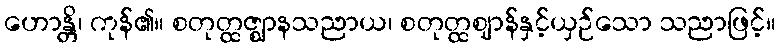
ဟောန္တိ၊ ကုန်၏။ စတုတ္ထဇ္ဈာနသညာယ၊ စတုတ္ထဈာန်နှင့်ယှဉ်သော သညာဖြင့်။